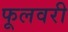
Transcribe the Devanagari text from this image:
फूलवरी